Annual report on the health of the army in India
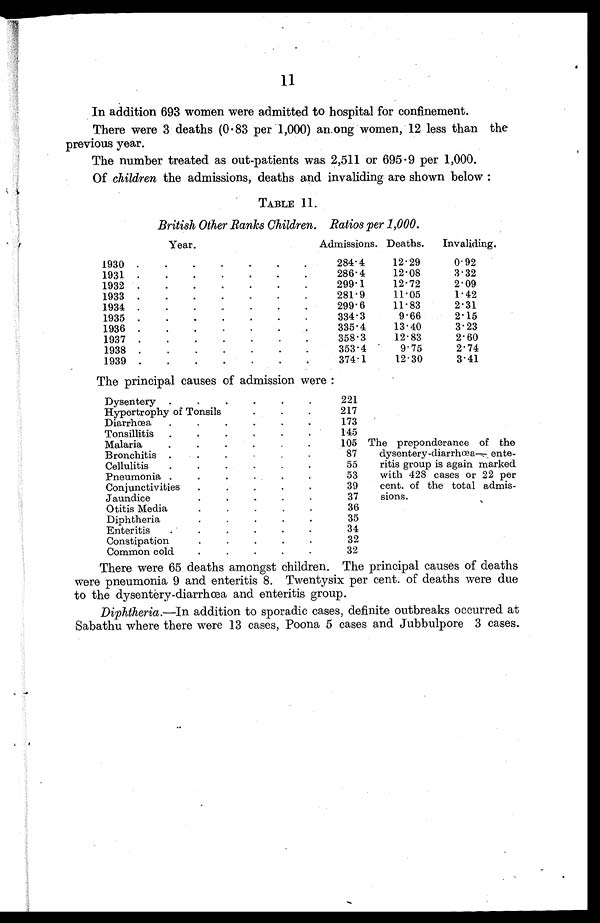
11
In addition 693 women were admitted to hospital for confinement.
There were 3 deaths (0 . 83 per 1,000) an.ong women, 12 less than the
previous year.
The number treated as out-patients was 2,511 or 695 . 9 per 1,000.
Of children the admissions, deaths and invaliding are shown below :
TABLE 11.
British Other Ranks Children. Ratios per 1,000.
Year.
Admissions. Deaths.
Invaliding.
1930 .
.
. • • . . 2 8 4 . 4
1 2 . 2 9
0 . 9 2
1931
.
.
.
.
.
.
.
286.4
12.08
3.32
1932
.
.
.
. . . 2 9 9 . 1
1 2 . 7 2
2 - 0 9
1933 .
.
.
.
.
.
.
281.9
11.05
1.42
1934 .
.
.
-
.
.
.
299.6
11.83
2.31
1935
.
.
.
.
.
.
.
334.3
9.66
2.15
1936 .
.
.
.
.
.
. 3 3 5 . 4
1 3 . 4 0
3 . 2 3
1937 .
.
.
.
.
.
.
358-3
12.83
2.60
1938 .
.
.
.
.
.
.
353.4
9-75
2.74
1939 .
.
.
.
.
.
.
374.1
12.30
3.41
The principal causes of admission were :
Dysentery
.
.
.
.
.
.
221
Hypertrophy of Tonsils
217
Diarrhœa
.
.
.
.
.
.
173
Tonsillitis
.
.
.
.
.
,
145
Malaria
.
.
.
.
.
.
105
Bronchitis .
87
Cellulitis
.
.
•
.
.
.
55
Pneumonia .
.
.
53
Conjunctivities
.
.
,
.
.
39
Jaundice
37
Otitis Media
.
.
.
•
.
36
Diphtheria
35
Enteritis
.
.
.
.
.
.
34
Constipation
32
Common cold
.
.
.
.
.
32
The preponderance of the
dysentery-diarrhœa ― ente-
ritis group is again marked
with 428 cases or 22 per
cent. of the total admis-
sions.
There were 65 deaths amongst children. The principal causes of deaths
were pneumonia 9 and enteritis 8. Twentysix per cent. of deaths were due
to the dysentery-diarrhœa and enteritis group.
Diphtheria.—In addition to sporadic cases, definite outbreaks occurred at
Sabathu where there were 13 cases, Poona 5 cases and Jubbulpore 3 cases.